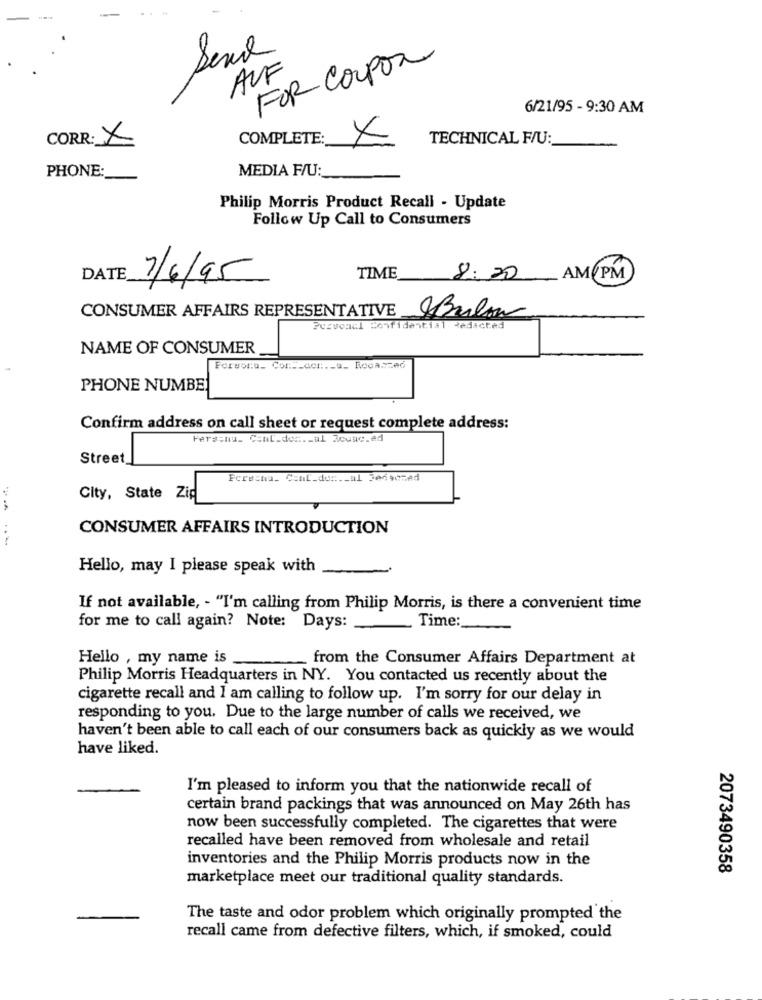
Send
FOR Coupon
AUF
6/21/95 - 9:30 AM
CORR: X
COMPLETE:
X
TECHNICAL F/U:
MEDIA F/U:
PHONE:
Philip Morris Product Recall - Update
Follow Up Call to Consumers
DATE
7/6/95
TIME
8:20 AMPM)
CONSUMER AFFAIRS REPRESENTATIVE
Bulon
Pezvonal Confidential Redacted
NAME OF CONSUMER
Forsoru_ Col :__ con :._ a_ Rocaszed
PHONE NUMBER
Confirm address on call sheet or request complete address:
Fersenu. Conl.den ._ al 3ouac.ed
Street
Foresha. Coml.do ::._ al Je6somAd
City, State Zip
CONSUMER AFFAIRS INTRODUCTION
Hello, may I please speak with
If not available, - "I'm calling from Philip Morris, is there a convenient time
for me to call again? Note: Days:
Time :_
Hello , my name is
from the Consumer Affairs Department at
Philip Morris Headquarters in NY. You contacted us recently about the
cigarette recall and I am calling to follow up. I'm sorry for our delay in
responding to you. Due to the large number of calls we received, we
haven't been able to call each of our consumers back as quickly as we would
have liked.
I'm pleased to inform you that the nationwide recall of
certain brand packings that was announced on May 26th has
now been successfully completed. The cigarettes that were
recalled have been removed from wholesale and retail
inventories and the Philip Morris products now in the
2073490358
marketplace meet our traditional quality standards.
The taste and odor problem which originally prompted the
recall came from defective filters, which, if smoked, could